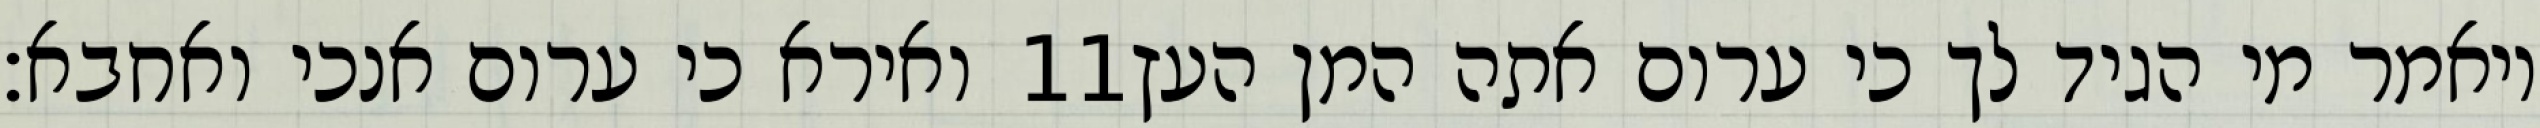
ואירא כי ערום אנכי ואחבא׃ ‎11‏ ויאמר מי הגיד לך כי ערום אתה המן העץ